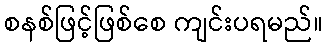
စနစ်ဖြင့်ဖြစ်စေ ကျင်းပရမည်။